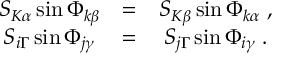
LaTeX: \begin{array} { c c c } { { S _ { K \alpha } \sin \Phi _ { k \beta } } } & { { = } } & { { S _ { K \beta } \sin \Phi _ { k \alpha } \; , } } \\ { { S _ { i \Gamma } \sin \Phi _ { j \gamma } } } & { { = } } & { { S _ { j \Gamma } \sin \Phi _ { i \gamma } \; . } } \end{array}